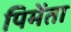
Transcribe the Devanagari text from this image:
पिमेंता